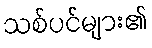
သစ်ပင်များ၏